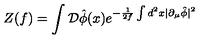
Z ( f ) = \int { \cal D } \hat { \phi } ( x ) e ^ { - \frac { 1 } { 2 f } \int d ^ { 2 } x | \partial _ { \mu } \hat { \phi } | ^ { 2 } }